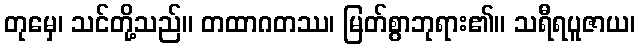
တုမှေ၊ သင်တို့သည်။ တထာဂတဿ၊ မြတ်စွာဘုရား၏။ သရီရပူဇာယ၊